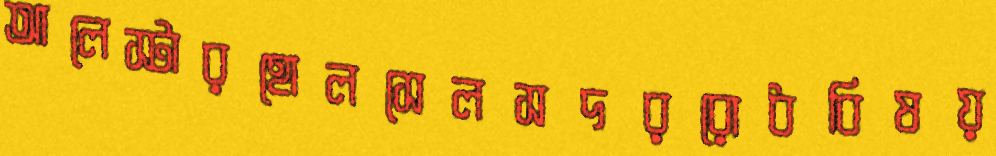
আলেস্টারহোলসেলসদররোধবিষয়